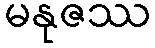
မနုဇဿ